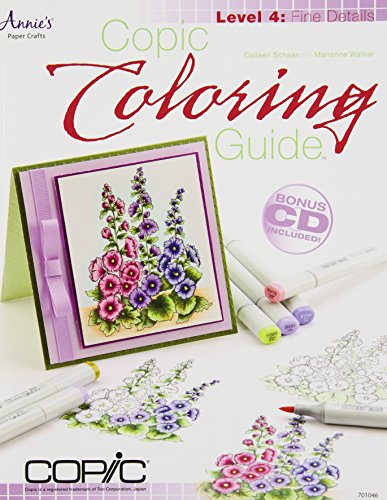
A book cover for Copic Coloring Guide Level 4: Fine Details; Colleen Schaan; Crafts, Hobbies & Home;